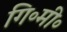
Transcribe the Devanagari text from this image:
गि॰मी॰